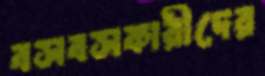
বসবসকারীদের